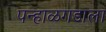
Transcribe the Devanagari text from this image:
पन्हाळगडाला